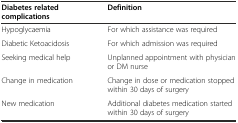
<table><thead><tr><td><b>Diabetes related complications</b></td><td><b>Definition</b></td></tr></thead><tbody><tr><td>Hypoglycaemia</td><td>For which assistance was required</td></tr><tr><td>Diabetic Ketoacidosis</td><td>For which admission was required</td></tr><tr><td>Seeking medical help</td><td>Unplanned appointment with physician or DM nurse</td></tr><tr><td>Change in medication</td><td>Change in dose or medication stopped within 30 days of surgery</td></tr><tr><td>New medication</td><td>Additional diabetes medication started within 30 days of surgery</td></tr></tbody></table>